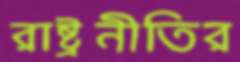
রাষ্ট্রনীতির